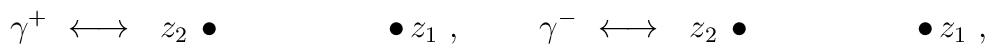
\gamma^+ \ \longleftrightarrow\ \  z_2\,\bullet\quad\qquad\qquad\bullet\,z_1\ ,\ \quad\quad \gamma^- \ \longleftrightarrow\ \ z_2\,\bullet\quad\qquad\qquad\bullet\,z_1\ ,